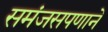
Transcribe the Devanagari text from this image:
समंजसपणाने